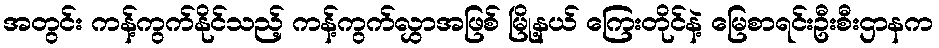
အတွင်း ကန့်ကွက်နိုင်သည့် ကန့်ကွက်လွှာအဖြစ် မြို့နယ် ကြေးတိုင်နဲ့ မြေစာရင်းဦးစီးဌာနက